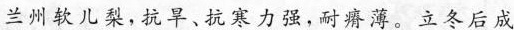
兰州软儿梨，抗旱、抗寒力强，耐瘠薄。立冬后成